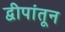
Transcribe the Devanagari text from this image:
द्वीपांतून